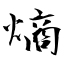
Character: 熵